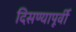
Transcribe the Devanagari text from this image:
दिसण्यापूर्वी